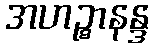
အဟဉ္စာနန္ဒ